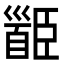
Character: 𩠝